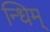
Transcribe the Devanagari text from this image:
न्धिम्